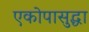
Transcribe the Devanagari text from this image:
एकोपासुद्धा